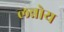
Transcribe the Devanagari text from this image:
लन्नोय